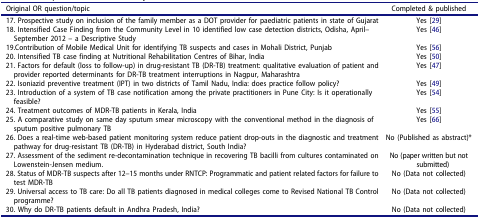
<table><thead><tr><td><b>Original OR question/topic</b></td><td><b>Completed &amp; published</b></td></tr></thead><tbody><tr><td>17. Prospective study on inclusion of the family member as a DOT provider for paediatric patients in state of Gujarat</td><td>Yes [29]</td></tr><tr><td>18. Intensified Case Finding from the Community Level in 10 identified low case detection districts, Odisha, April–September 2012 – a Descriptive Study</td><td>Yes [46]</td></tr><tr><td>19.Contribution of Mobile Medical Unit for identifying TB suspects and cases in Mohali District, Punjab</td><td>Yes [56]</td></tr><tr><td>20. Intensified TB case finding at Nutritional Rehabilitation Centres of Bihar, India</td><td>Yes [50]</td></tr><tr><td>21. Factors for default (loss to follow-up) in drug-resistant TB (DR-TB) treatment: qualitative evaluation of patient and provider reported determinants for DR-TB treatment interruptions in Nagpur, Maharashtra</td><td>Yes [47]</td></tr><tr><td>22. Isoniazid preventive treatment (IPT) in two districts of Tamil Nadu, India: does practice follow policy?</td><td>Yes [49]</td></tr><tr><td>23. Introduction of a system of TB case notification among the private practitioners in Pune City: Is it operationally feasible?</td><td>Yes [54]</td></tr><tr><td>24. Treatment outcomes of MDR-TB patients in Kerala, India</td><td>Yes [55]</td></tr><tr><td>25. A comparative study on same day sputum smear microscopy with the conventional method in the diagnosis of sputum positive pulmonary TB</td><td>Yes [66]</td></tr><tr><td>26. Does a real-time web-based patient monitoring system reduce patient drop-outs in the diagnostic and treatment pathway for drug-resistant TB (DR-TB) in Hyderabad district, South India?</td><td>No (Published as abstract)*</td></tr><tr><td>27. Assessment of the sediment re-decontamination technique in recovering TB bacilli from cultures contaminated on Lowenstein-Jensen medium.</td><td>No (paper written but not submitted)</td></tr><tr><td>28. Status of MDR-TB suspects after 12–15 months under RNTCP: Programmatic and patient related factors for failure to test MDR-TB</td><td>No (Data not collected)</td></tr><tr><td>29. Universal access to TB care: Do all TB patients diagnosed in medical colleges come to Revised National TB Control programme?</td><td>No (Data not collected)</td></tr><tr><td>30. Why do DR-TB patients default in Andhra Pradesh, India?</td><td>No (Data not collected)</td></tr></tbody></table>